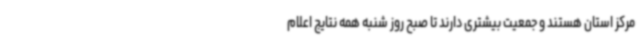
مرکز استان هستند و جمعیت بیشتری دارند تا صبح روز شنبه همه نتایج اعلام